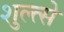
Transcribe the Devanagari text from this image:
शुल्त्से